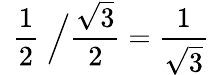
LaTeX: \; \, {\frac{1}{2}}\; {\Big/}{\frac{\sqrt{3}}{2}}={\frac{1}{\sqrt{3}}}